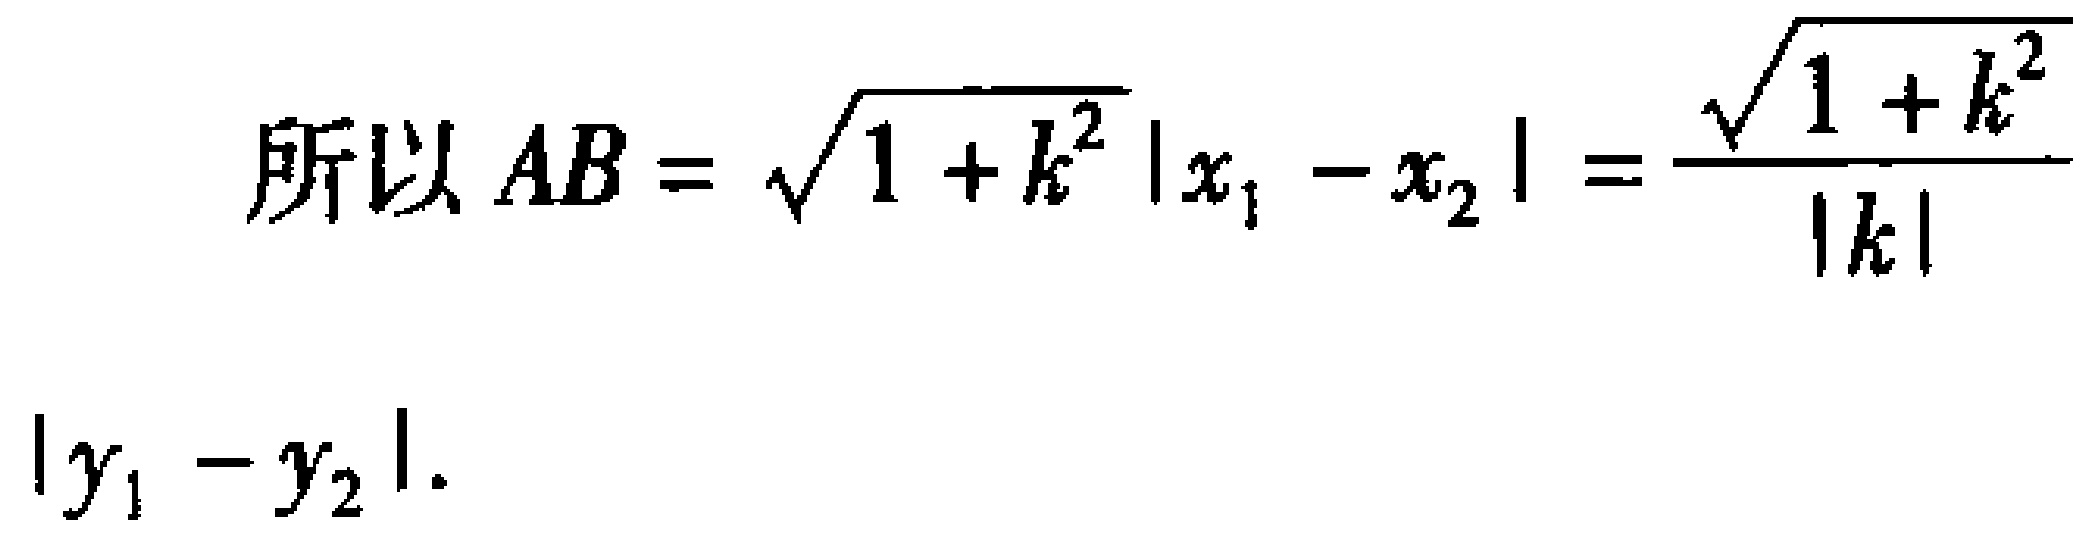
\[
\begin{align*}
\text{所以}AB&=\sqrt{1 + k^{2}}\left|x_{1}-x_{2}\right|=\frac{\sqrt{1 + k^{2}}}{\left|k\right|}\\
\left|y_{1}-y_{2}\right|.
\end{align*}
\]